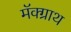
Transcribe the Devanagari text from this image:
मॅक्ग्राथ